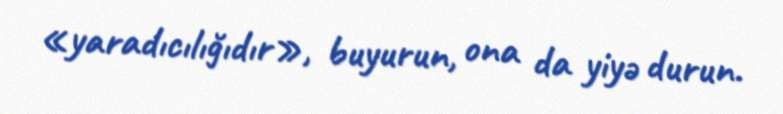
«yaradıcılığıdır», buyurun, ona da yiyə durun.